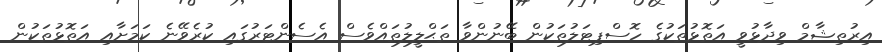
އިރުތިޝާމް ވިދާޅުވީ އަތޮޅުތަކުގެ ހޮސްޕިޓަލުތަކުން ބޭނުންވާ ތަޙްލީލުތައްވެސް އެސެންޓަރުގައި ކުރެވޭނެ ކަމަށާއި އަތޮޅުތަކުން